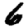
Digit: 6